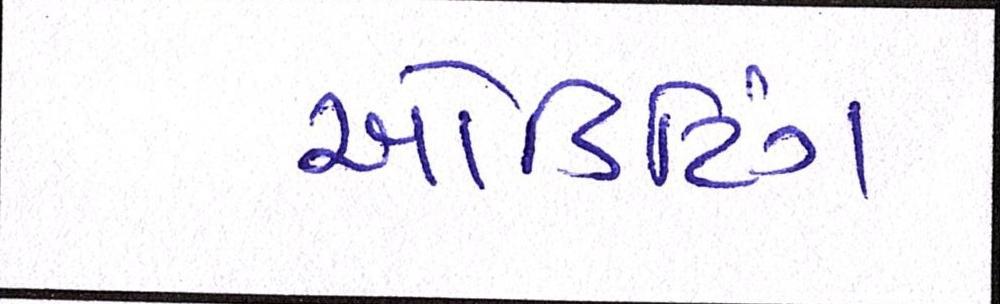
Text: ઓડિટિંગ